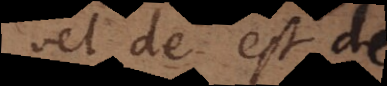
vel de est de